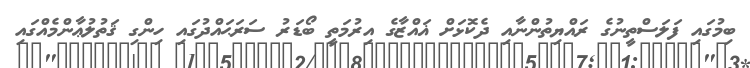
ބިމުގައި ފަލަސްތީނުގެ ރައްޔިތުންނާއި ދެކޮޅަށް ޣައްޒާގެ އިރުމަތީ ބޯޑަރު ސަރަޙައްދުގައި ހިންގި ޤަތުލުޢާންމެއްގައި